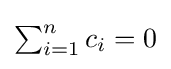
{\textstyle \sum _{i=1}^{n}c_{i}=0}